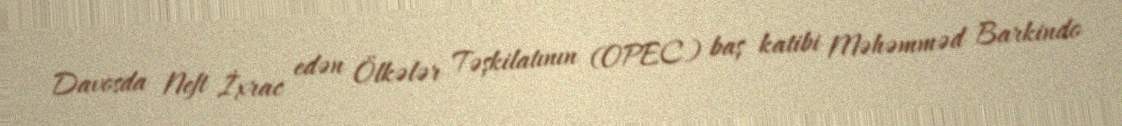
Davosda Neft İxrac edən Ölkələr Təşkilatının (OPEC) baş katibi Məhəmməd Barkindo